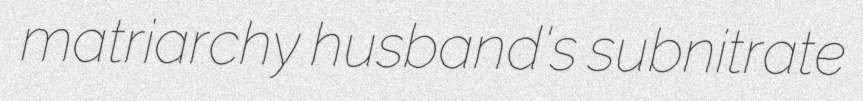
matriarchy husband's subnitrate